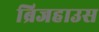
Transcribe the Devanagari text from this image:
ब्रिजहाउस